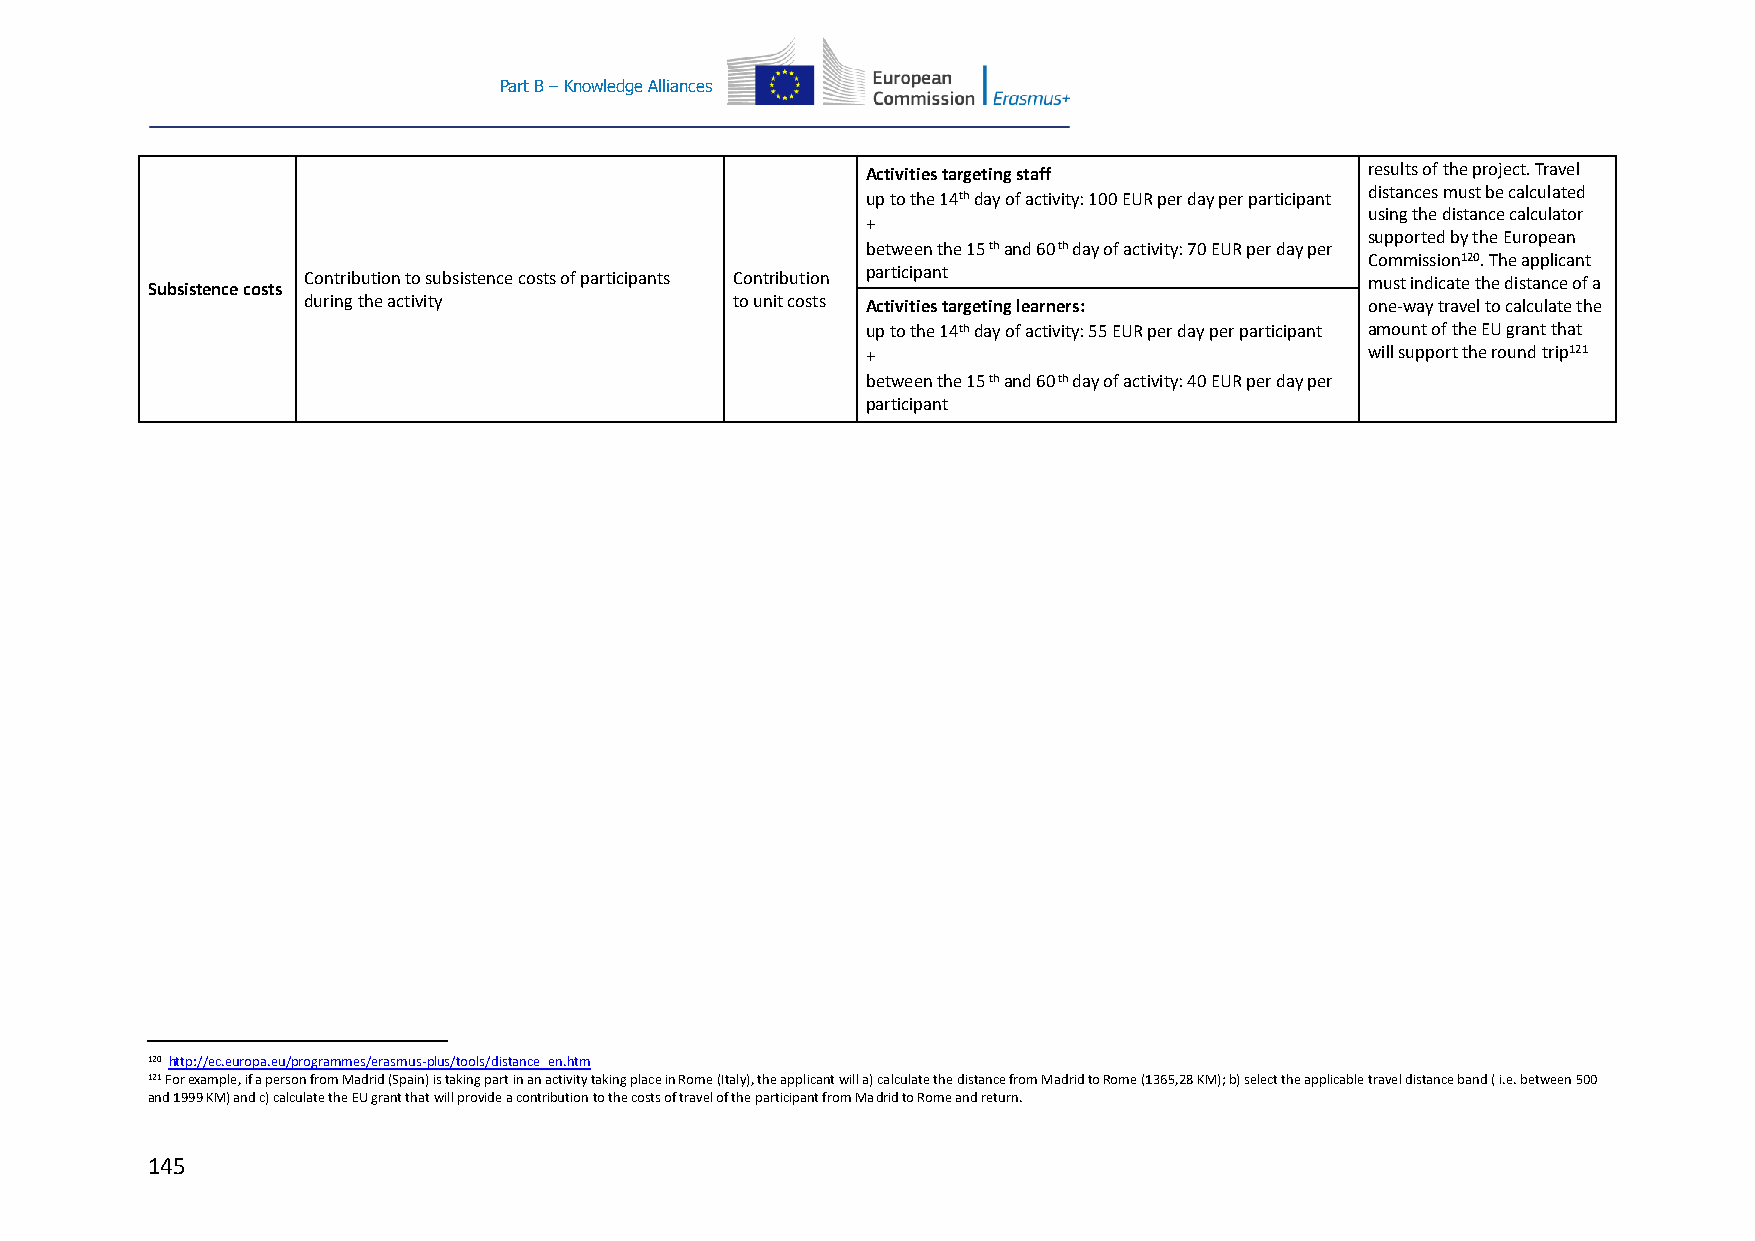
Part B – Knowledge Alliances
 Activities targeting staff        results of the project. Travel
 distances must be calculated
 up to the 14th day of activity: 100 EUR per day per participant
 using the distance calculator
 +
 supported by the European
 between the 15 th and 60 th day of activity: 70 EUR per day per
 Commission120. The applicant
 Subsistence costs Contribution to subsistence costs of participants Contribution participant must indicate the distance of a
 during the activity          to unit costs Activities targeting learners: one-way travel to calculate the
 up to the 14th day of activity: 55 EUR per day per participant amount of the EU grant that
 +                                 will support the round trip121
 between the 15 th and 60 th day of activity: 40 EUR per day per
 participant
 120 http://ec.europa.eu/programmes/erasmus-plus/tools/distance_en.htm
 121 For example, if a person from Madrid (Spain) is taking part in an activity taking place in Rome (Italy), the applicant will a) calculate the distance from Madrid to Rome (1365,28 KM); b) select the applicable travel distance band ( i.e. between 500
 and 1999 KM) and c) calculate the EU grant that will provide a contribution to the costs of travel of the participant from Madrid to Rome and return.
 145